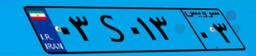
۰۳S۰۱۳۰۳